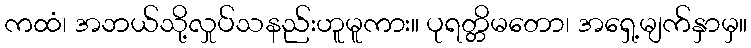
ကထံ၊ အဘယ်သို့လှုပ်သနည်းဟူမူကား။ ပုရတ္တိမတော၊ အရှေ့မျက်နှာမှ။